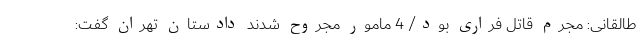
طالقانی: مجرم قاتل فراری بود/ 4 مامور مجروح شدند دادستان تهران گفت: